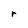
Character: r